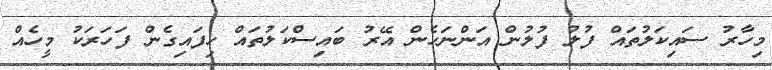
މިހާރު ސައިކަލުތައް ފުލު ފުލުން އަންނަހެން އޭރު ބައިސްކަލުތައް ހިފައިގެން ފަހަރަކު މީހެއް